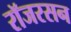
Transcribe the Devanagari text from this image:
रॉजरसन